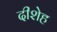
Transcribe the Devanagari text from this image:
दीशेह